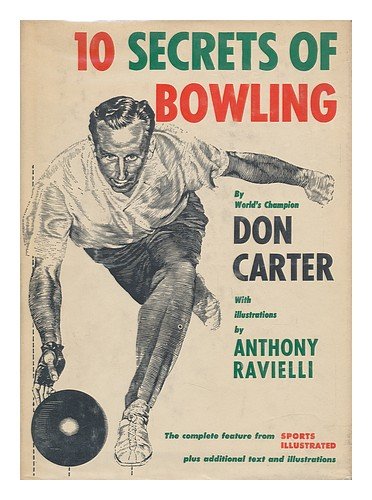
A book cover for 10 secrets of bowling; Don Carter; Sports & Outdoors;